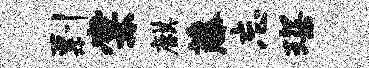
剽棠麒藤忘琛